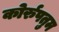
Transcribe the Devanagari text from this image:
कोर्रुपतुम